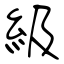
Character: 級